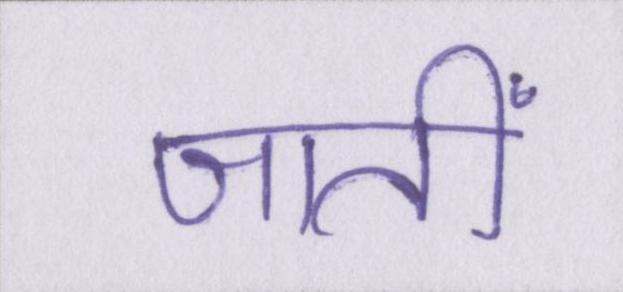
जातीं